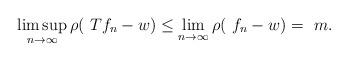
LaTeX: \begin{align*}\limsup_{n\rightarrow \infty }\rho (\ Tf_{n}-w)\leq \lim_{n\rightarrow\infty }\rho (\ f_{n}-w)=\ m. \end{align*}